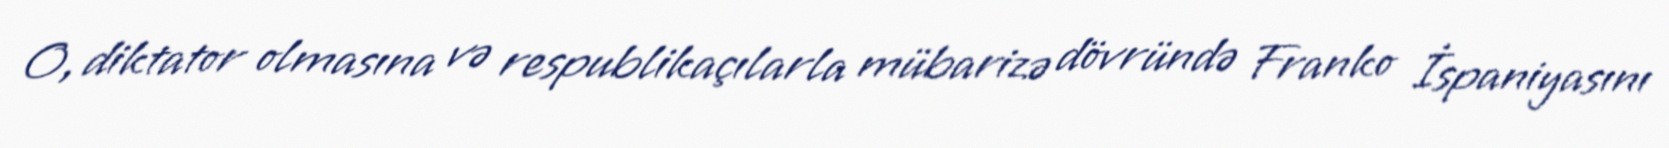
O, diktator olmasına və respublikaçılarla mübarizə dövründə Franko İspaniyasını